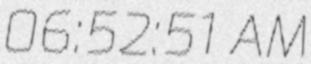
06:52:51 AM